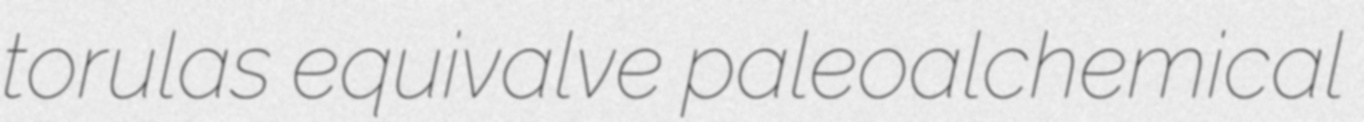
torulas equivalve paleoalchemical